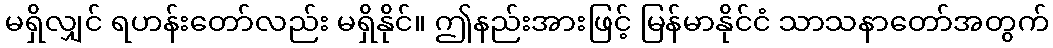
မရှိလျှင် ရဟန်းတော်လည်း မရှိနိုင်။ ဤနည်းအားဖြင့် မြန်မာနိုင်ငံ သာသနာတော်အတွက်